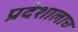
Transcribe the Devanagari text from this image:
प्रदेशालाच